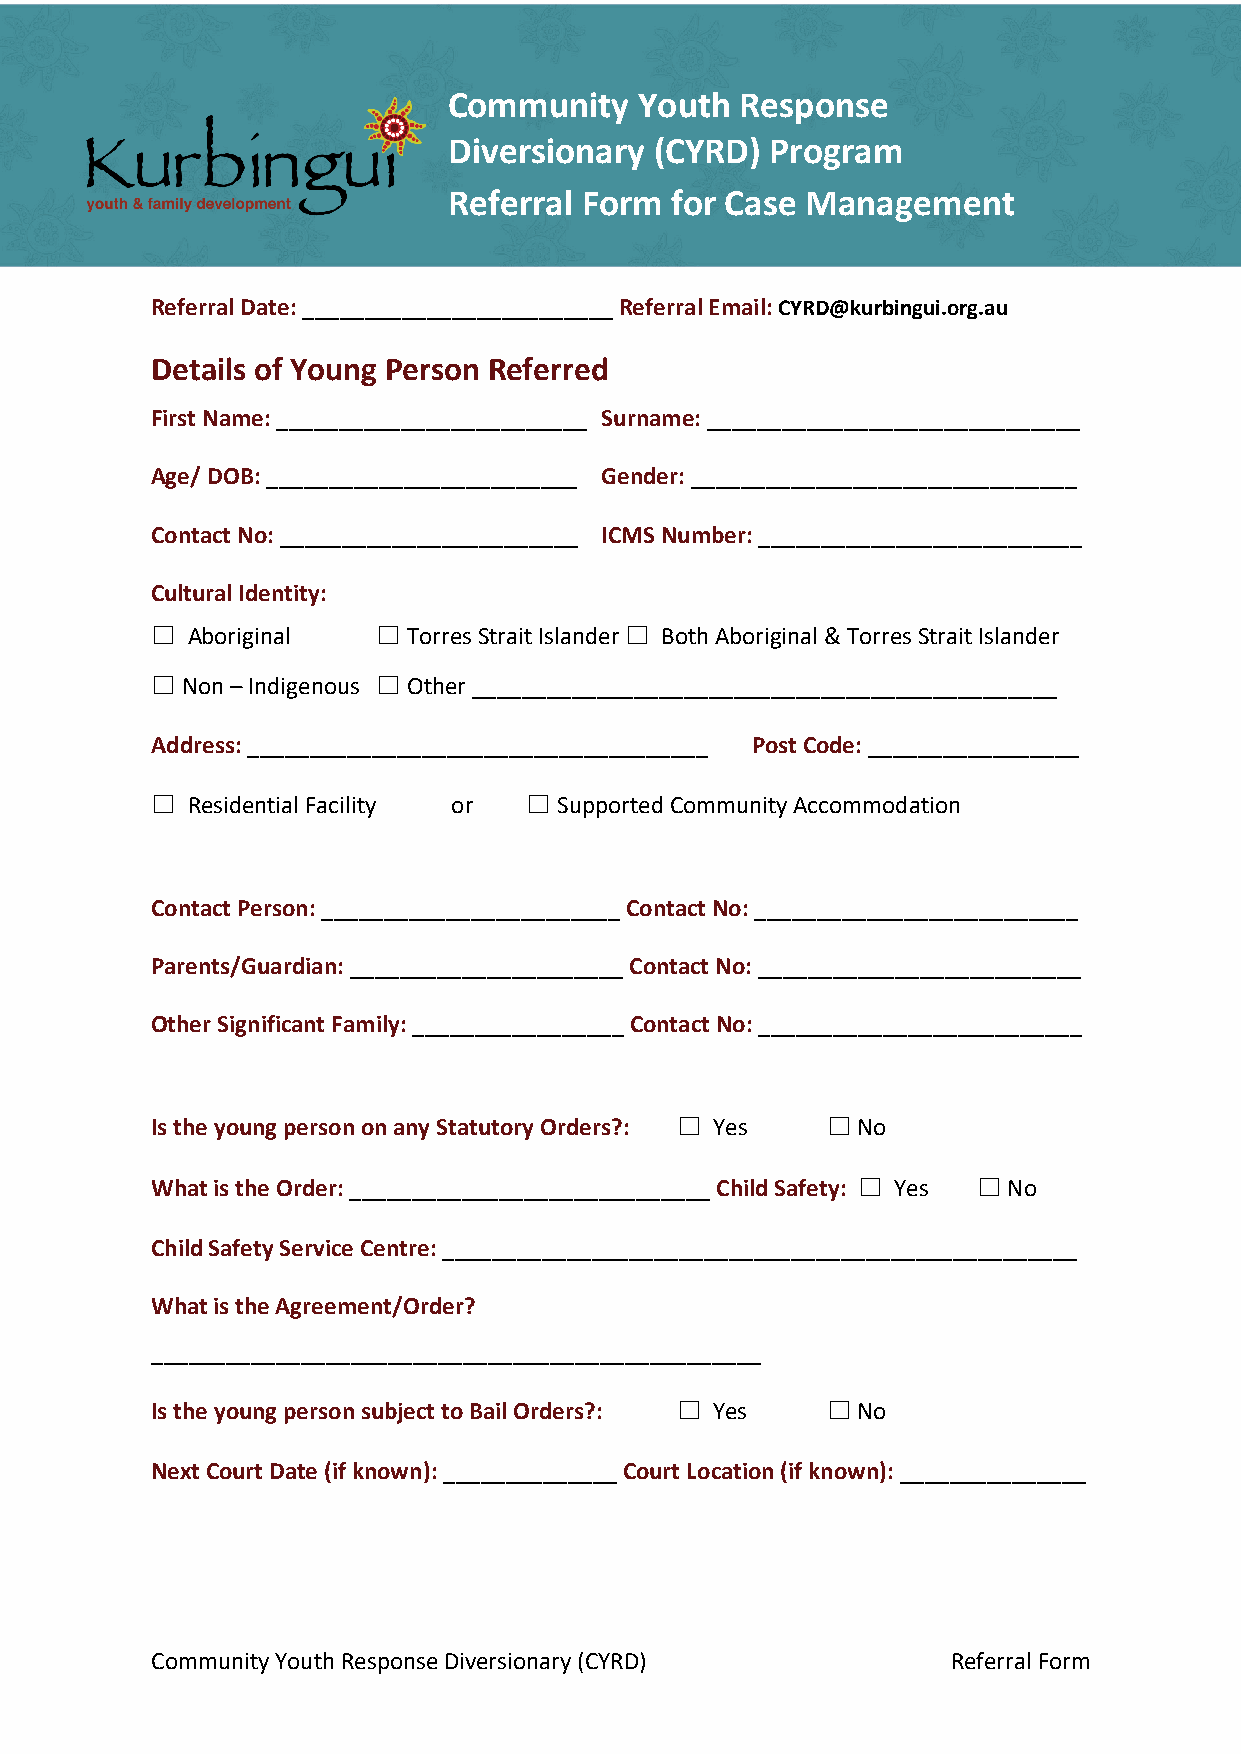
Community   Youth  Response
 Diversionary (CYRD)  Program
 Referral Form for Case Management
 Referral Date: _________________________ Referral Email: CYRD@kurbingui.org.au
 Details of Young Person Referred
 First Name: _________________________ Surname: ______________________________
 Age/ DOB: _________________________ Gender: _______________________________
 Contact No: ________________________ ICMS Number: __________________________
 Cultural Identity:
 ☐ Aboriginal   ☐ Torres Strait Islander ☐ Both Aboriginal & Torres Strait Islander
 ☐ Non – Indigenous ☐ Other _______________________________________________
 Address: _____________________________________ Post Code: _________________
 ☐ Residential Facility or ☐ Supported Community Accommodation
 Contact Person: ________________________ Contact No: __________________________
 Parents/Guardian: ______________________ Contact No: __________________________
 Other Significant Family: _________________ Contact No: __________________________
 Is the young person on any Statutory Orders?: ☐ Yes ☐ No
 What is the Order: _____________________________ Child Safety: ☐ Yes ☐ No
 Child Safety Service Centre: ___________________________________________________
 What is the Agreement/Order?
 _________________________________________________
 Is the young person subject to Bail Orders?: ☐ Yes ☐ No
 Next Court Date (if known): ______________ Court Location (if known): _______________
 Community Youth Response Diversionary (CYRD)         Referral Form